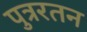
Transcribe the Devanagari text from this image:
पुत्ररतन